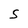
Character: S